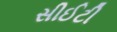
સીઈટી